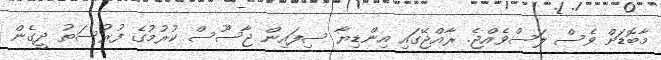
މާބޮޑަށް ވެސް ލަސްވެއްޖެ. ރާއްޖޭގައި އިންޑިޔާ ސިފައިން ޖާސޫސް ކުރުމުގެ ފުރުސަތު ދީގެން